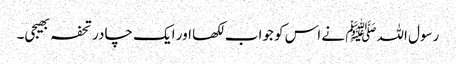
رسول اللہﷺ نے اس کو جواب لکھا اور ایک چادر تحفہ بھیجی۔